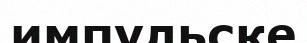
импульске